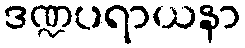
ဒဏ္ဍပရာယနာ